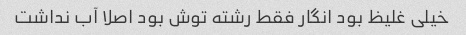
خیلی غلیظ بود انگار فقط رشته توش بود اصلا آب نداشت